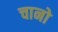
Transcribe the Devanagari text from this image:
चानो